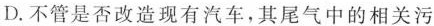
D.不管是否改造现有汽车，其尾气中的相关污